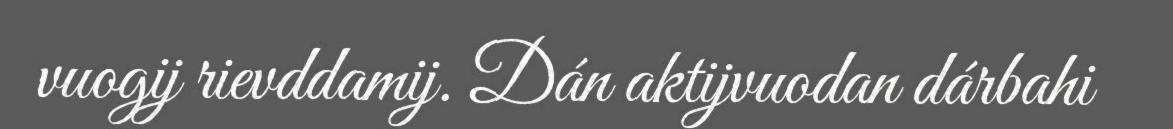
vuogij rievddamij. Dán aktijvuodan dárbahi